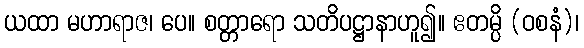
ယထာ မဟာရာဇ၊ ပေ။ စတ္တာရော သတိပဋ္ဌာနာဟူ၍။ ဧတမ္ပိ (ဝစနံ)၊